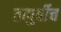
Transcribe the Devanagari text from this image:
तत्पुर्वीच